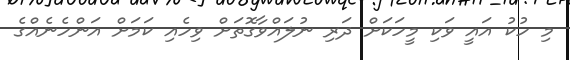
މި ހުކު އައީ ވަކި މީހަކަށް ދަރި ނުލައްވާގޮތަށް ވިހެއި ކަމަށް އަންހެނެއްގެ